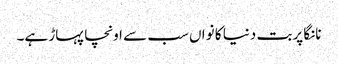
نانگا پربت دنیا کا نواں سب سے اونچا پہاڑ ہے۔